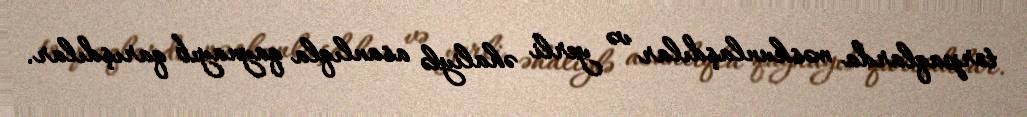
torpaqlarda məskunlaşdılar və yerli əhaliylə asanlıqla qaynayıb qarışdılar.